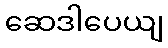
ဆေဒါပေယျ